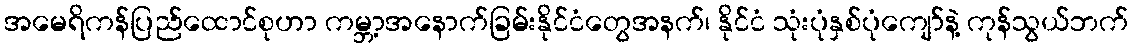
အမေရိကန်ပြည်ထောင်စုဟာ ကမ္ဘာ့အနောက်ခြမ်းနိုင်ငံတွေအနက်၊ နိုင်ငံ သုံးပုံနှစ်ပုံကျော်နဲ့ ကုန်သွယ်ဘက်